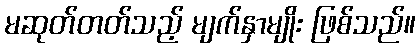
မဆုတ်တတ်သည့် မျက်နှာမျိုး ဖြစ်သည်။